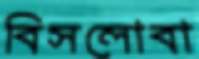
বিসলোবা